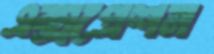
এক্সপ্রেশন